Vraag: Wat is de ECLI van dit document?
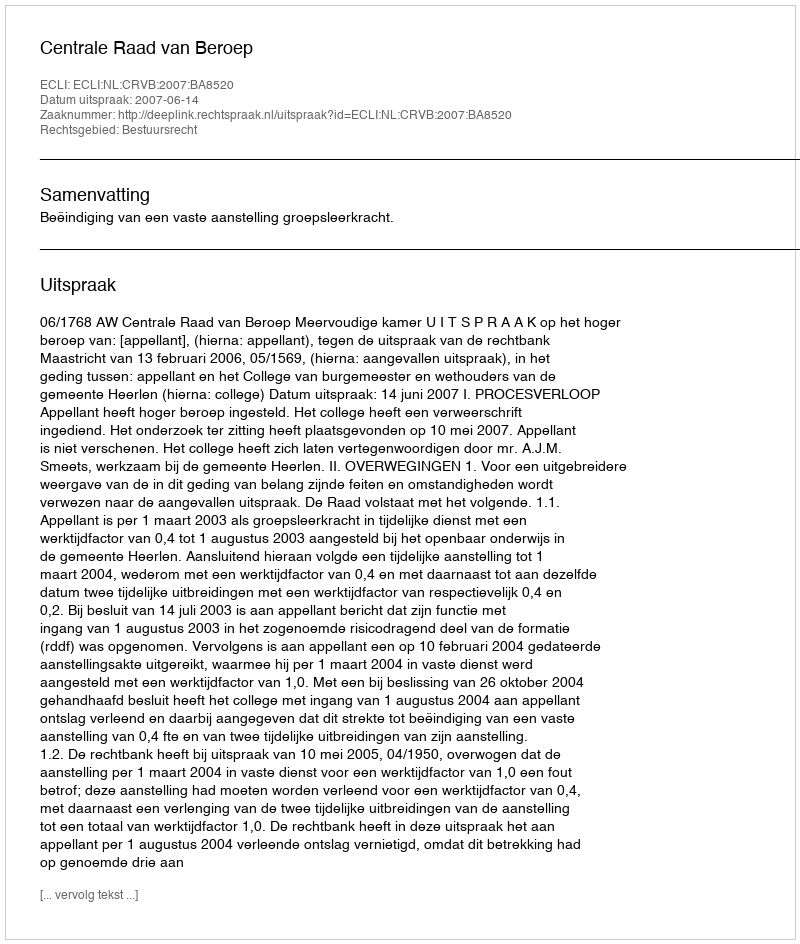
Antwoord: ECLI:NL:CRVB:2007:BA8520